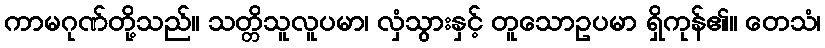
ကာမဂုဏ်တို့သည်။ သတ္တိသူလူပမာ၊ လှံသွားနှင့် တူသောဥပမာ ရှိကုန်၏။ တေသံ၊